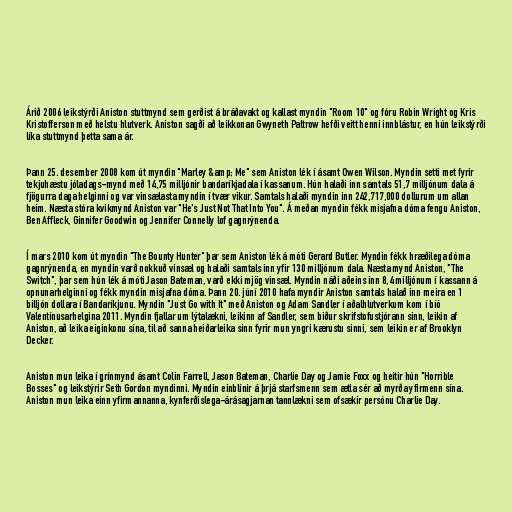
Árið 2006 leikstýrði Aniston stuttmynd sem gerðist á bráðavakt og kallast myndin "Room 10" og fóru Robin Wright og Kris
Kristofferson með helstu hlutverk. Aniston sagði að leikkonan Gwyneth Paltrow hefði veitt henni innblástur, en hún leikstýrði
líka stuttmynd þetta sama ár.

Þann 25. desember 2008 kom út myndin "Marley &amp; Me" sem Aniston lék í ásamt Owen Wilson. Myndin setti met fyrir
tekjuhæstu jóladags-mynd með 14,75 milljónir bandaríkjadala í kassanum. Hún halaði inn samtals 51,7 milljónum dala á
fjögurra daga helginni og var vinsælasta myndin í tvær vikur. Samtals halaði myndin inn 242,717,000 dollurum um allan
heim. Næsta stóra kvikmynd Aniston var "He's Just Not That Into You". Á meðan myndin fékk misjafna dóma fengu Aniston,
Ben Affleck, Ginnifer Goodwin og Jennifer Connelly lof gagnrýnenda.

Í mars 2010 kom út myndin "The Bounty Hunter" þar sem Aniston lék á móti Gerard Butler. Myndin fékk hræðilega dóma
gagnrýnenda, en myndin varð nokkuð vinsæl og halaði samtals inn yfir 130 milljónum dala. Næsta mynd Aniston, "The
Switch", þar sem hún lék á móti Jason Bateman, varð ekki mjög vinsæl. Myndin náði aðeins inn 8,4 milljónum í kassann á
opnunarhelginni og fékk myndin misjafna dóma. Þann 20. júní 2010 hafa myndir Aniston samtals halað inn meira en 1
billjón dollara í Bandaríkjunu. Myndin "Just Go with It" með Aniston og Adam Sandler í aðalhlutverkum kom í bíó
Valentínusarhelgina 2011. Myndin fjallar um lýtalækni, leikinn af Sandler, sem biður skrifstofustjórann sinn, leikin af
Aniston, að leika eiginkonu sína, til að sanna heiðarleika sinn fyrir mun yngri kærustu sinni, sem leikin er af Brooklyn
Decker.

Aniston mun leika í grínmynd ásamt Colin Farrell, Jason Bateman, Charlie Day og Jamie Foxx og heitir hún "Horrible
Bosses" og leikstýrir Seth Gordon myndinni. Myndin einblínir á þrjá starfsmenn sem ætla sér að myrða yfirmenn sína.
Aniston mun leika einn yfirmannanna, kynferðislega-árásagjarnan tannlækni sem ofsækir persónu Charlie Day.